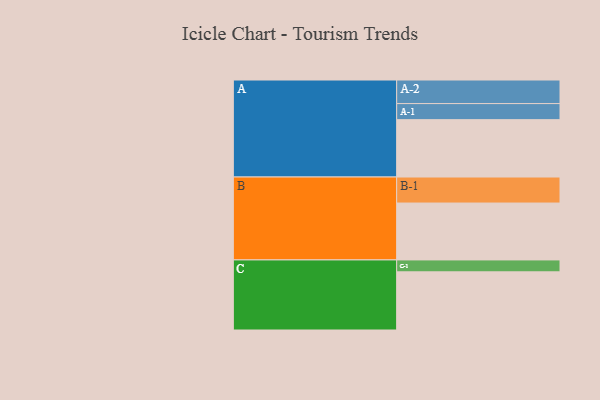
{"axis": {"x": "Segment", "y": "Value"}, "legend": ["", "A", "B", "C"], "data": [{"x": "A", "y": 496, "type": ""}, {"x": "B", "y": 492, "type": ""}, {"x": "C", "y": 503, "type": ""}, {"x": "A-1", "y": 139, "type": "A"}, {"x": "A-2", "y": 204, "type": "A"}, {"x": "B-1", "y": 225, "type": "B"}, {"x": "C-1", "y": 103, "type": "C"}]}